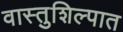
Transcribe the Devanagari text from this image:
वास्तुशिल्पात